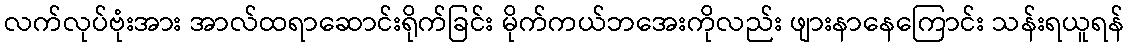
လက်လုပ်ဗုံးအား အာလ်ထရာဆောင်းရိုက်ခြင်း မိုက်ကယ်ဘအေးကိုလည်း ဖျားနာနေကြောင်း သန်းရယူရန်